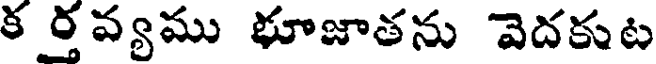
క ర్తవ్యము భూజాతను వెదకుట